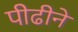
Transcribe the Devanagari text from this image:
पीढीने